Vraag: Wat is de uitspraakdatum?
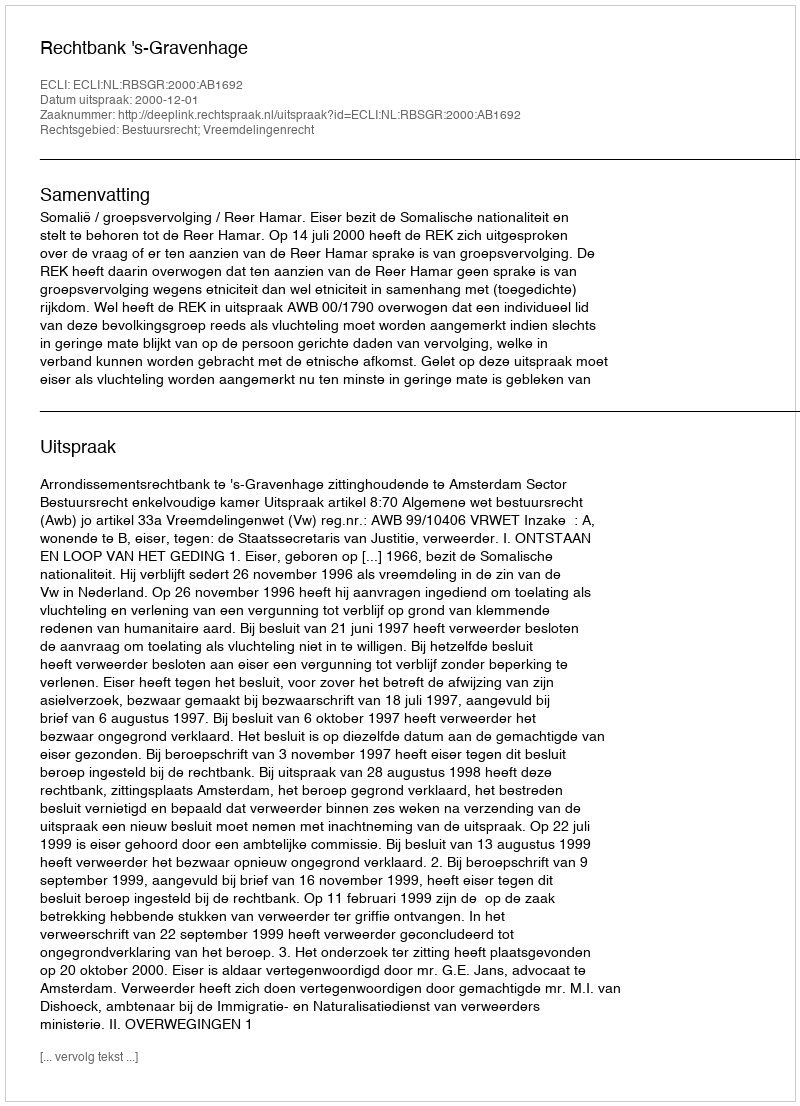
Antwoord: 2000-12-01